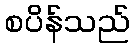
စပိန်သည်